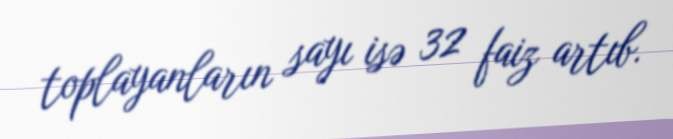
toplayanların sayı isə 32 faiz artıb.